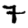
Digit: 7